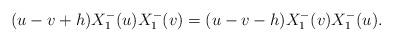
LaTeX: \begin{align*}(u-v+h)X_{1}^{-}(u)X_{1}^{-}(v)=(u-v-h)X_{1}^{-}(v)X_{1}^{-}(u).\end{align*}